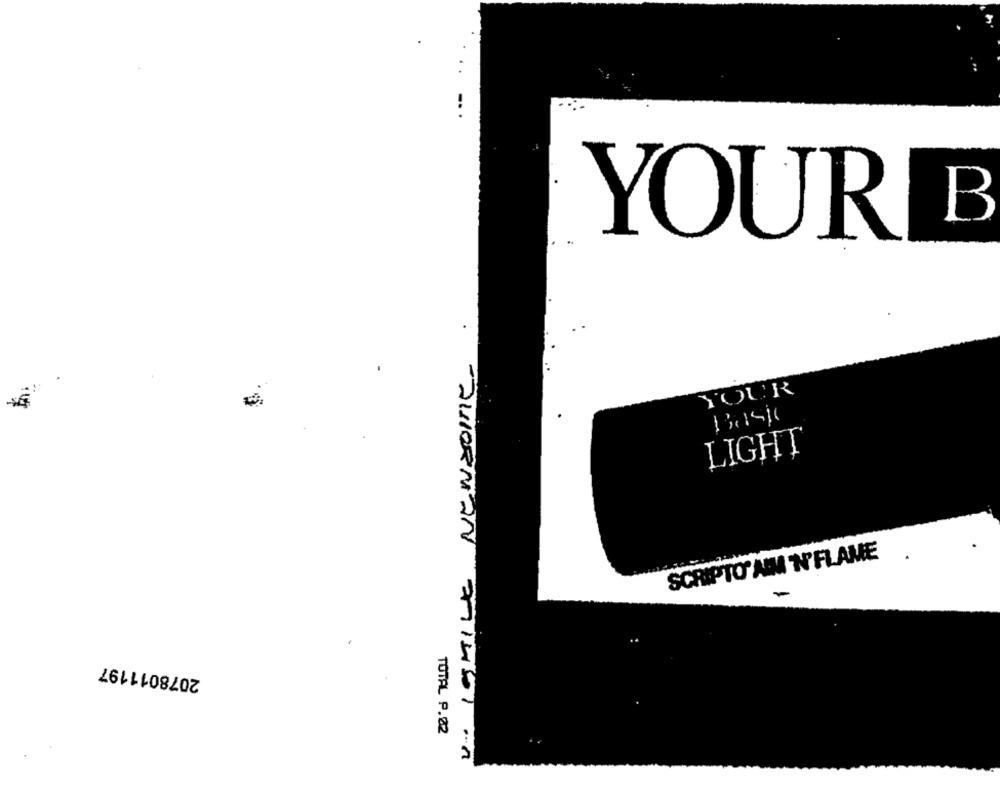
YOUR B
V. ISMILE NEWSOME ..
YOUR
LIGHT
SCRIPTO AIM N'FLAME
-
2078011197
TOTAL P.02